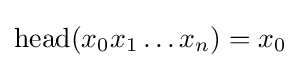
\operatorname {head} (x_{0}x_{1}\dots x_{n})=x_{0}